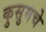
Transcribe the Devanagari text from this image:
कुसुमचे